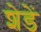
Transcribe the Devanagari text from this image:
शेडें